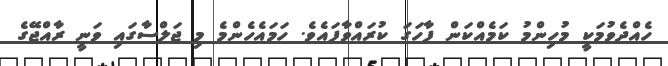
ހެއްދެވުމަކީ މުހިންމު ކަމެއްކަން ފާހަގަ ކުރައްވާފައެވެ. ހަމައެހެންމެ މި ޖަލްސާގައި ވަނީ ރާއްޖޭގެ